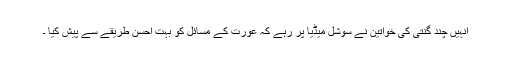
انہیں چند گنتی کی خواتین نے سوشل میڈیا پر رہے کہ عورت کے مسائل کو بہت احسن طریقے سے پیش کیا ۔